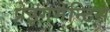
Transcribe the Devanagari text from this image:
प्रेइंगमेन्टिस